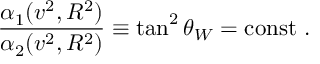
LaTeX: \frac { \alpha _ { 1 } ( v ^ { 2 } , R ^ { 2 } ) } { \alpha _ { 2 } ( v ^ { 2 } , R ^ { 2 } ) } \equiv \tan ^ { 2 } \theta _ { W } = \mathrm { c o n s t } \ .